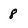
Character: 8